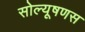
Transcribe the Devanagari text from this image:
सोल्यूषणस